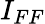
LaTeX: I_{FF}